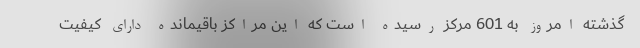
گذشته امروز به 601 مرکز رسیده است که این مراکز باقیمانده دارای کیفیت